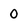
Character: 0